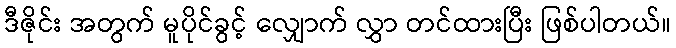
ဒီဇိုင်း အတွက် မူပိုင်ခွင့် လျှောက် လွှာ တင်ထားပြီး ဖြစ်ပါတယ်။